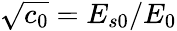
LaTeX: \sqrt{c_{0}}=E_{s0}/E_{0}